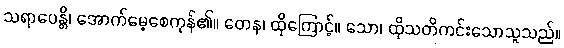
သရာပေန္တိ၊ အောက်မေ့စေကုန်၏။ တေန၊ ထိုကြောင့်။ သော၊ ထိုသတိကင်းသောသူသည်။